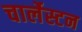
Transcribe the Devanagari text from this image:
चार्लेस्टन